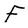
Character: F